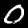
Label: 0